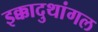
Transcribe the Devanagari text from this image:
इक्कादुथांगल